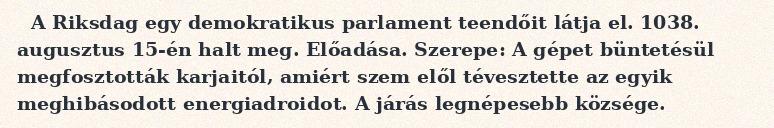
A Riksdag egy demokratikus parlament teendőit látja el. 1038. augusztus 15-én halt meg. Előadása. Szerepe: A gépet büntetésül megfosztották karjaitól, amiért szem elől tévesztette az egyik meghibásodott energiadroidot. A járás legnépesebb községe.